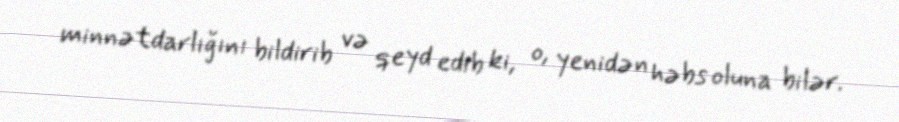
minnətdarlığını bildirib və qeyd edib ki, o, yenidən həbs oluna bilər.